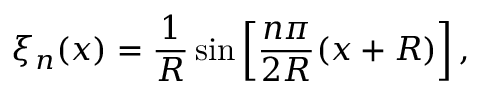
\xi _ { n } ( x ) = \frac { 1 } { R } \sin \left[ \frac { n \pi } { 2 R } ( x + R ) \right] ,